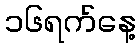
၁၆ရက်နေ့